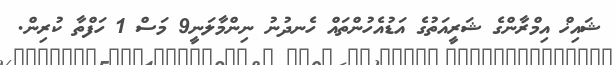
ޝައިޚް އިމްރާންގެ ޝަރީއަތުގެ އަޑުއެހުންތައް ހެނދުނު ނިންމާލަނީ9 މަސް 1 ހަފްތާ ކުރިން.